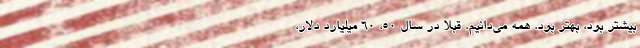
بیشتر بود، بهتر بود. همه می‌دانیم. قبلا در سال 50، 60 میلیارد دلار،